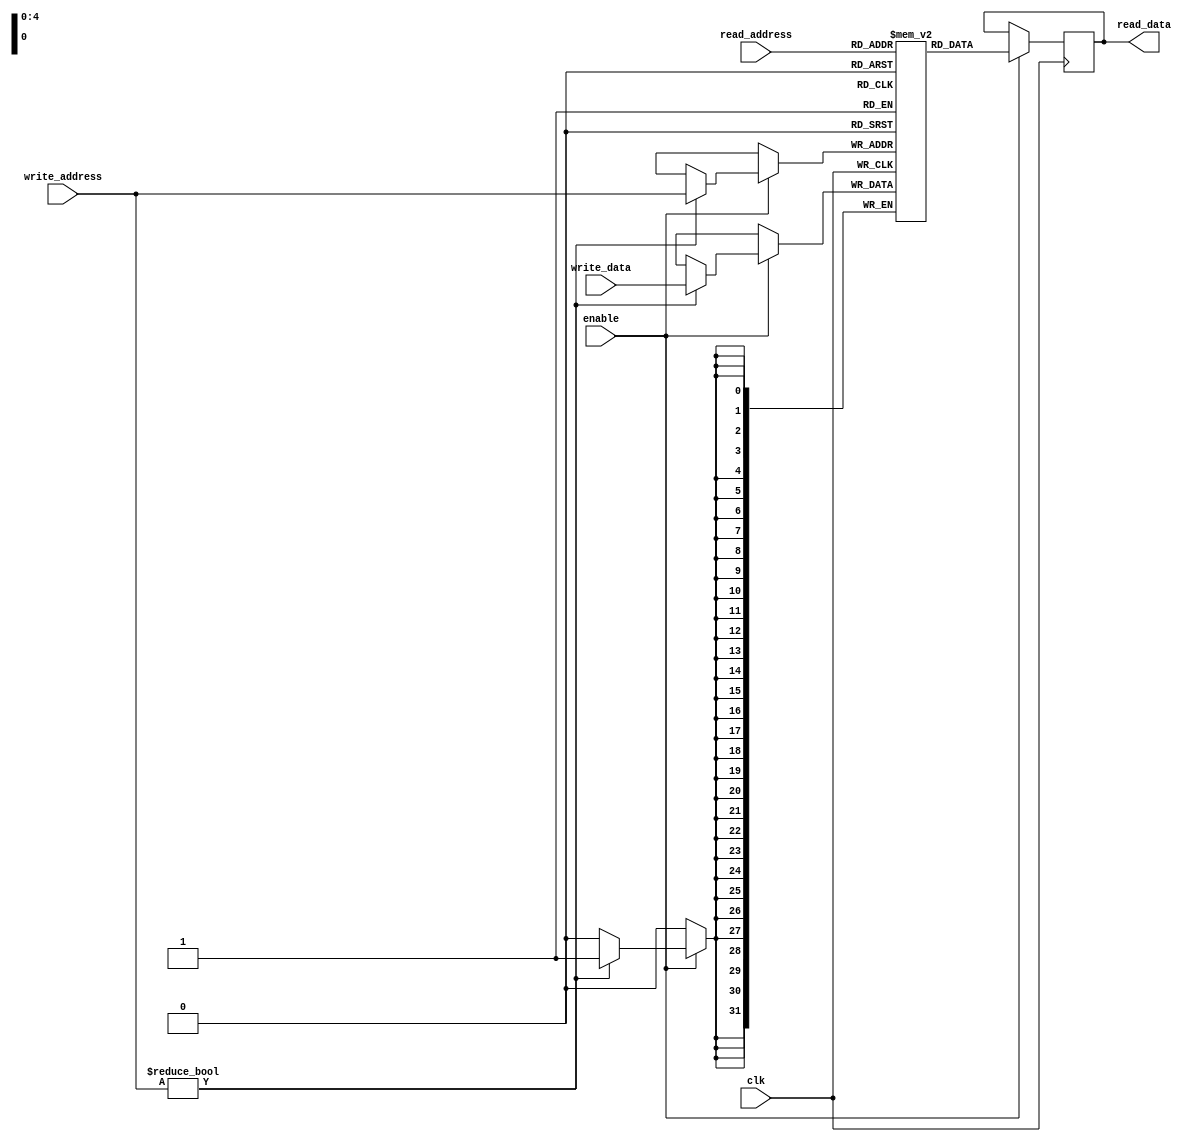
module shadow_register_file (
    input wire clk,
    input wire enable,
    input wire [4:0] read_address,
    input wire [4:0] write_address,
    input wire [31:0] write_data,
    output reg [31:0] read_data
);

reg [31:0] memory_blocks [0:31];

always @ (posedge clk) begin
    if (enable) begin
        if (write_address != 5'b00000) begin
            memory_blocks[write_address] <= write_data;
        end
        read_data <= memory_blocks[read_address];
    end
end

endmodule